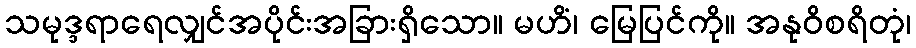
သမုဒ္ဒရာရေလျှင်အပိုင်းအခြားရှိသော။ မဟိံ၊ မြေပြင်ကို။ အနုဝိစရိတုံ၊